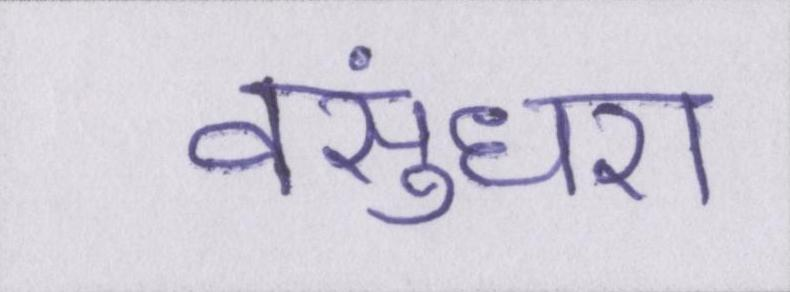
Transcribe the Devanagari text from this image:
वसुंधरा